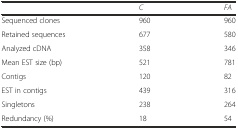
|  | C | FA |
 | --- | --- | --- |
 | Sequenced clones | 960 | 960 |
 | Retained sequences | 677 | 580 |
 | Analyzed cDNA | 358 | 346 |
 | Mean EST size (bp) | 521 | 781 |
 | Contigs | 120 | 82 |
 | EST in contigs | 439 | 316 |
 | Singletons | 238 | 264 |
 | Redundancy (%) | 18 | 54 |